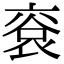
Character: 䘱